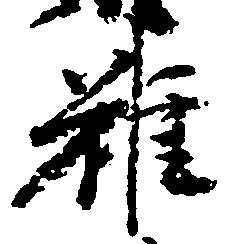
雖